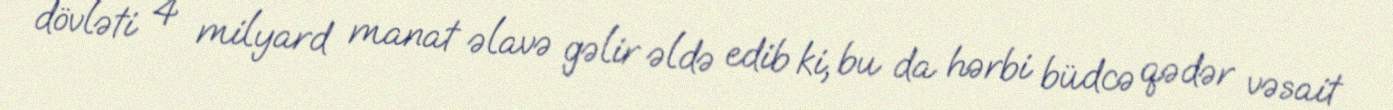
dövləti 4 milyard manat əlavə gəlir əldə edib ki, bu da hərbi büdcə qədər vəsait